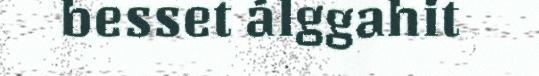
besset álggahit